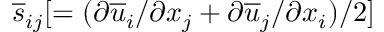
\overline { { s } } _ { i j } [ = ( \partial \overline { { u } } _ { i } / \partial x _ { j } + \partial \overline { { u } } _ { j } / \partial x _ { i } ) / 2 ]